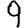
Digit: 9